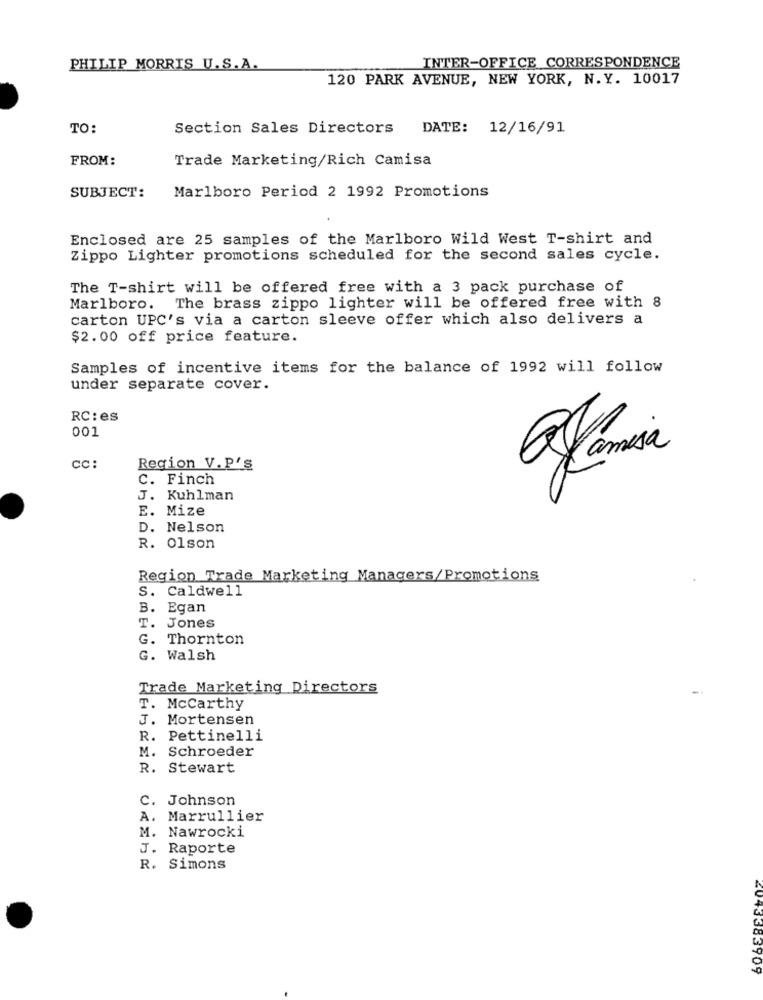
PHILIP MORRIS U.S.A.
INTER-OFFICE CORRESPONDENCE
120 PARK AVENUE, NEW YORK, N.Y. 10017
TO:
Section Sales Directors DATE: 12/16/91
FROM:
Trade Marketing/Rich Camisa
SUBJECT:
Marlboro Period 2 1992 Promotions
Enclosed are 25 samples of the Marlboro Wild West T-shirt and
Zippo Lighter promotions scheduled for the second sales cycle.
The T-shirt will be offered free with a 3 pack purchase of
Marlboro. The brass zippo lighter will be offered free with 8
carton UPC's via a carton sleeve offer which also delivers a
$2.00 off price feature.
Samples of incentive items for the balance of 1992 will follow
under separate cover.
RC : es
001
alamina
CC:
Region V. P'S
c. Finch
J. Kuhlman
E. Mize
D. Nelson
R. 01son
Region Trade Marketing Managers/Promotions
S. Caldwell
B. Egan
T. Jones
G. Thornton
G. Walsh
Trade Marketing Directors
T. Mccarthy
J. Mortensen
R.
Pettinelli
M.
Schroeder
R. Stewart
C. Johnson
A. Marrullier
M. Nawrocki
J. Raporte
R. Simons
2043383709